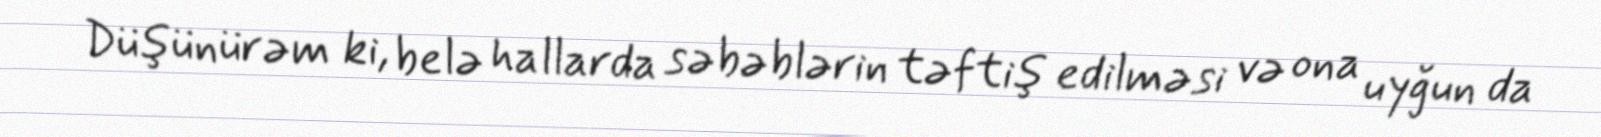
Düşünürəm ki, belə hallarda səbəblərin təftiş edilməsi və ona uyğun da